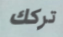
تركك